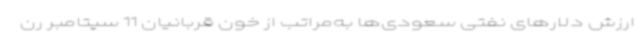
ارزش دلارهای نفتی سعودی‌ها به‌مراتب از خون قربانیان 11 سپتامبر رن